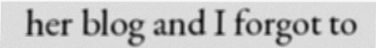
her blog and I forgot to